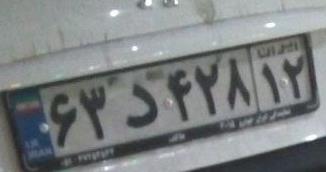
۶۳د۴۲۸۱۲